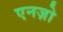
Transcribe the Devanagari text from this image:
एनज़ो